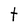
Character: t